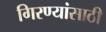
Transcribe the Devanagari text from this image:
गिरण्यांसाठी